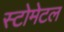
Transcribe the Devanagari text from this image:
स्टोमेटल